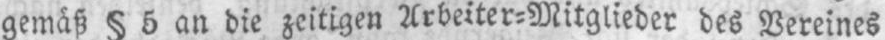
gemäß § 5 an die zeitigen Arbeiter⸗Mitglieder des Vereines